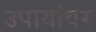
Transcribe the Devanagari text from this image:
उपायांवर